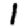
Digit: 1